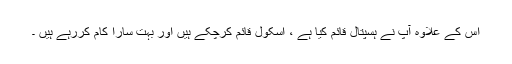
اس کے علاوہ آپ نے ہسپتال قائم کیا ہے ، اسکول قائم کرچکے ہیں اور بہت سارا کام کررہے ہیں ۔